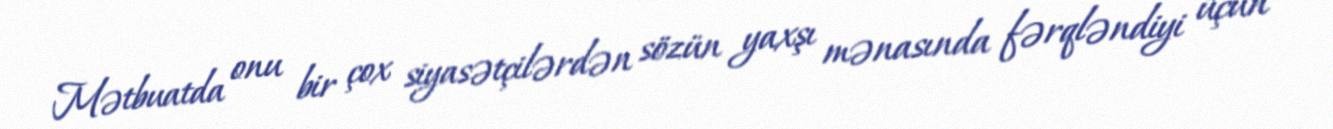
Mətbuatda onu bir çox siyasətçilərdən sözün yaxşı mənasında fərqləndiyi üçün